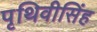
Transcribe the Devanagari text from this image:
पृथिवीसिंह